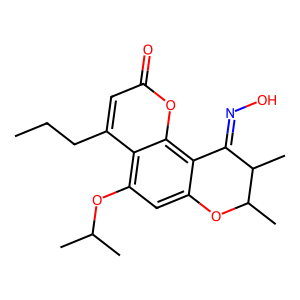
SMILES: CCCc1cc(=O)oc2c3c(cc(OC(C)C)c12)OC(C)C(C)C3=NO
Inhibits HIV replication: No